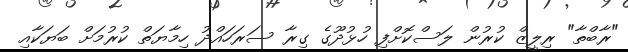
"ރާބްތާ" ރިލީޒް ކުރުން ލަސްކޮށްފި ހުޅުދޫގެ ގިރާ ސަރަހައްދު ހިމާޔަތް ކުރުމަށް ބަޔަކާއި